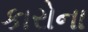
કારોના